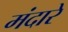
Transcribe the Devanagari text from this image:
मंदारे